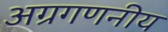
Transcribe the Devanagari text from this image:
अग्रगणनीय